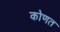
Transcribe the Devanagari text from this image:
कोणत